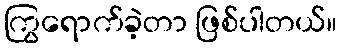
ကြွရောက်ခဲ့တာ ဖြစ်ပါတယ်။